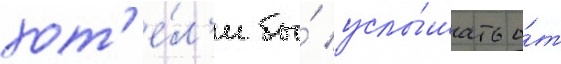
хот'е́л'и бы́ услы́шать о́т